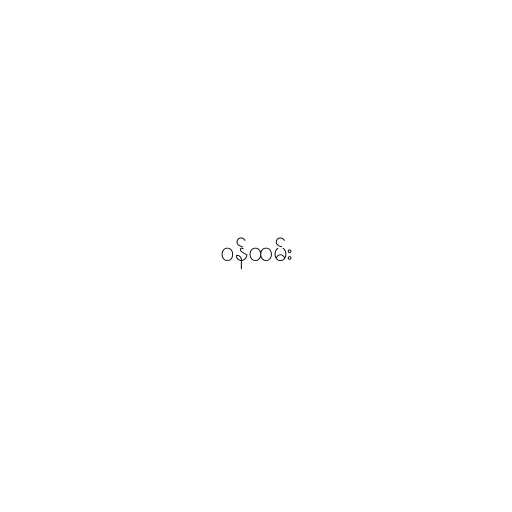
ဝန်ထမ်း